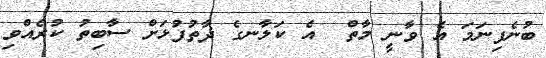
ބުނެފިނަމަ އެ ވާނީ މާތް  އެ ކަލާނގެ ޛާތުފުޅަށް ސާބިތު ކުރެއްވި